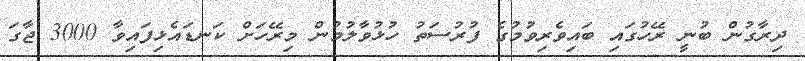
ދިރާގުން ބުނީ ރޭހުގައި ބައިވެރިވުމުގެ ފުރުސަތު ހުޅުވާލުމުން މިރޭހަށް ކަނޑައެޅިފައިވާ 3000 ޖާގަ